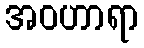
အဝဟာရာ